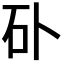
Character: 𥐚